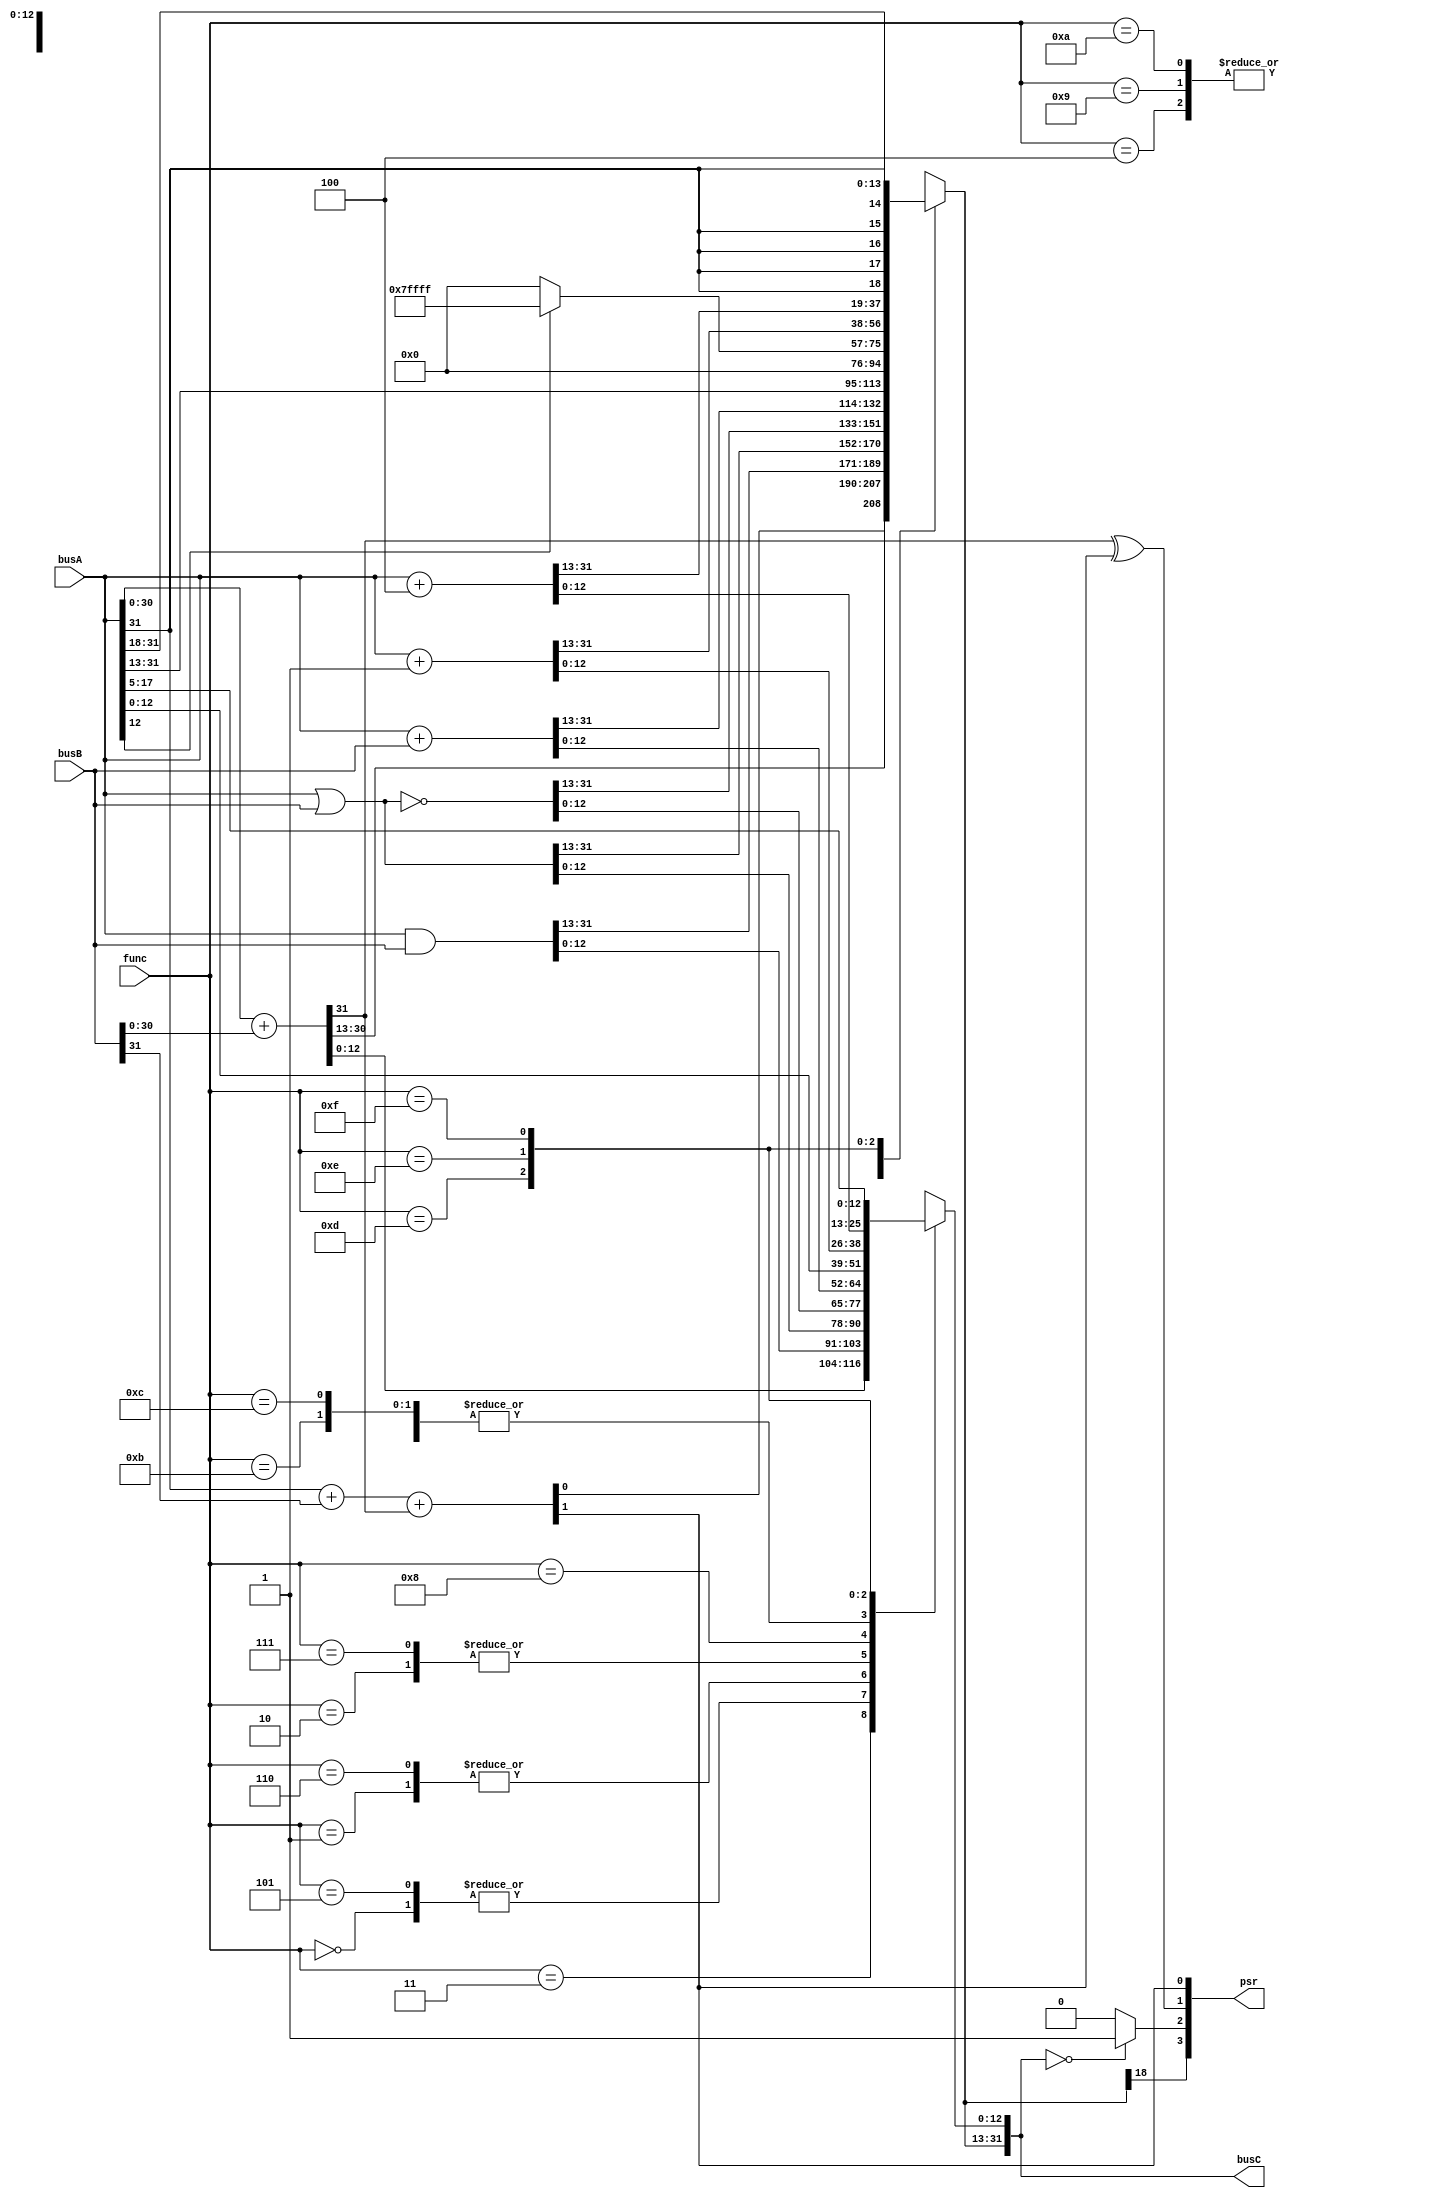
module alu(
input [31:0] busA,busB,		// Entradas de 32 bits de los buses "A" y "B" .
input [3:0]func,		// Bits de seleccin de funcin de la ALU.
output reg[31:0] busC,		// Salida de 32 bits para el busC.
output [3:0] psr		// Bits para banderas de Carry, Negative, Overflow, Zero.
);



wire  neg,zero,ov;		// Flags negative, zero y overflow
wire carry;			// flag carry
wire [31:0] addition;		// Variable usada para la operacin suma y para determinar las flags
wire caover;

/*Flags*/
assign {caover,addition[30:0]}=busA[30:0]+busB[30:0]; 	//Determinacin de carry del bit nmero 30
assign {carry,addition[31]}=busA[31]+busB[31]+caover;	//Determinacin de la flag Carry y la suma de busA y busB
assign neg=busC[31];									//Determinacin de la flag Neg 
assign ov=caover^carry;									//Determinacin de la flag Ov a partir de la flag Carry y el carry del bit 30
assign zero=(busC==0) ? 1 : 0;							//Determinacin de la flag Zero

		

//OPERACIONES ALU
//NOTA:Las operaciones de shift sern manejadas en el barrel_shifter, que para este caso es otro modulo
always@(*)
begin
case(func)
	0:busC=busA&busB;	//ANDCC
	1:busC=busA|busB;	//ORCC
	2:busC=~(busA|busB);	//NORCC
	3:busC=addition;	//ADDCC
	4:busC=busA;		//SRL(Shift Right Logical)
	5:busC=busA&busB;	//AND
	6:busC=busA|busB;	//OR
	7:busC=~(busA|busB);	//NOR
	8:busC=busA+busB;	//ADD
	9:busC=busA;		//LSHIFT2
	10:busC=busA;		//LSHIFT10
	11:begin busC[31:13]=19'b0;busC[12:0]=busA[12:0]; end				//SIMM13
	12:begin busC[12:0]=busA[12:0]; busC[31:13]= (busA[12]==1) ? 19'b1111111111111111111 : 19'b0;end 	//SEXT13
	13:busC=busA+1'b1;	//INC
	14:busC=busA+4'b100;	//INCPC
	15:busC={busA[31],busA[31],busA[31],busA[31],busA[31],busA[31:5]};		//RSHIFT5
	default: busC=busA;
endcase
end

/*PSR: Actuaizacin del Process Status Register para las operaciones que actualizan Condition Codes (CC)*/

assign psr = {neg,zero,ov,carry};




endmodule